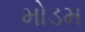
મોડમ